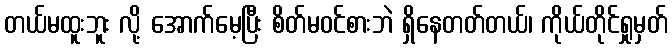
တယ်မထူးဘူး လို့ အောက်မေ့ပြီး စိတ်မဝင်စားဘဲ ရှိနေတတ်တယ်၊ ကိုယ်တိုင်ရှုမှတ်